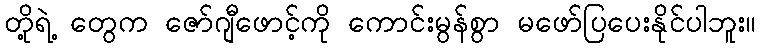
တို့ရဲ့ တွေက ဇော်ဂျီဖောင့်ကို ကောင်းမွန်စွာ မဖော်ပြပေးနိုင်ပါဘူး။